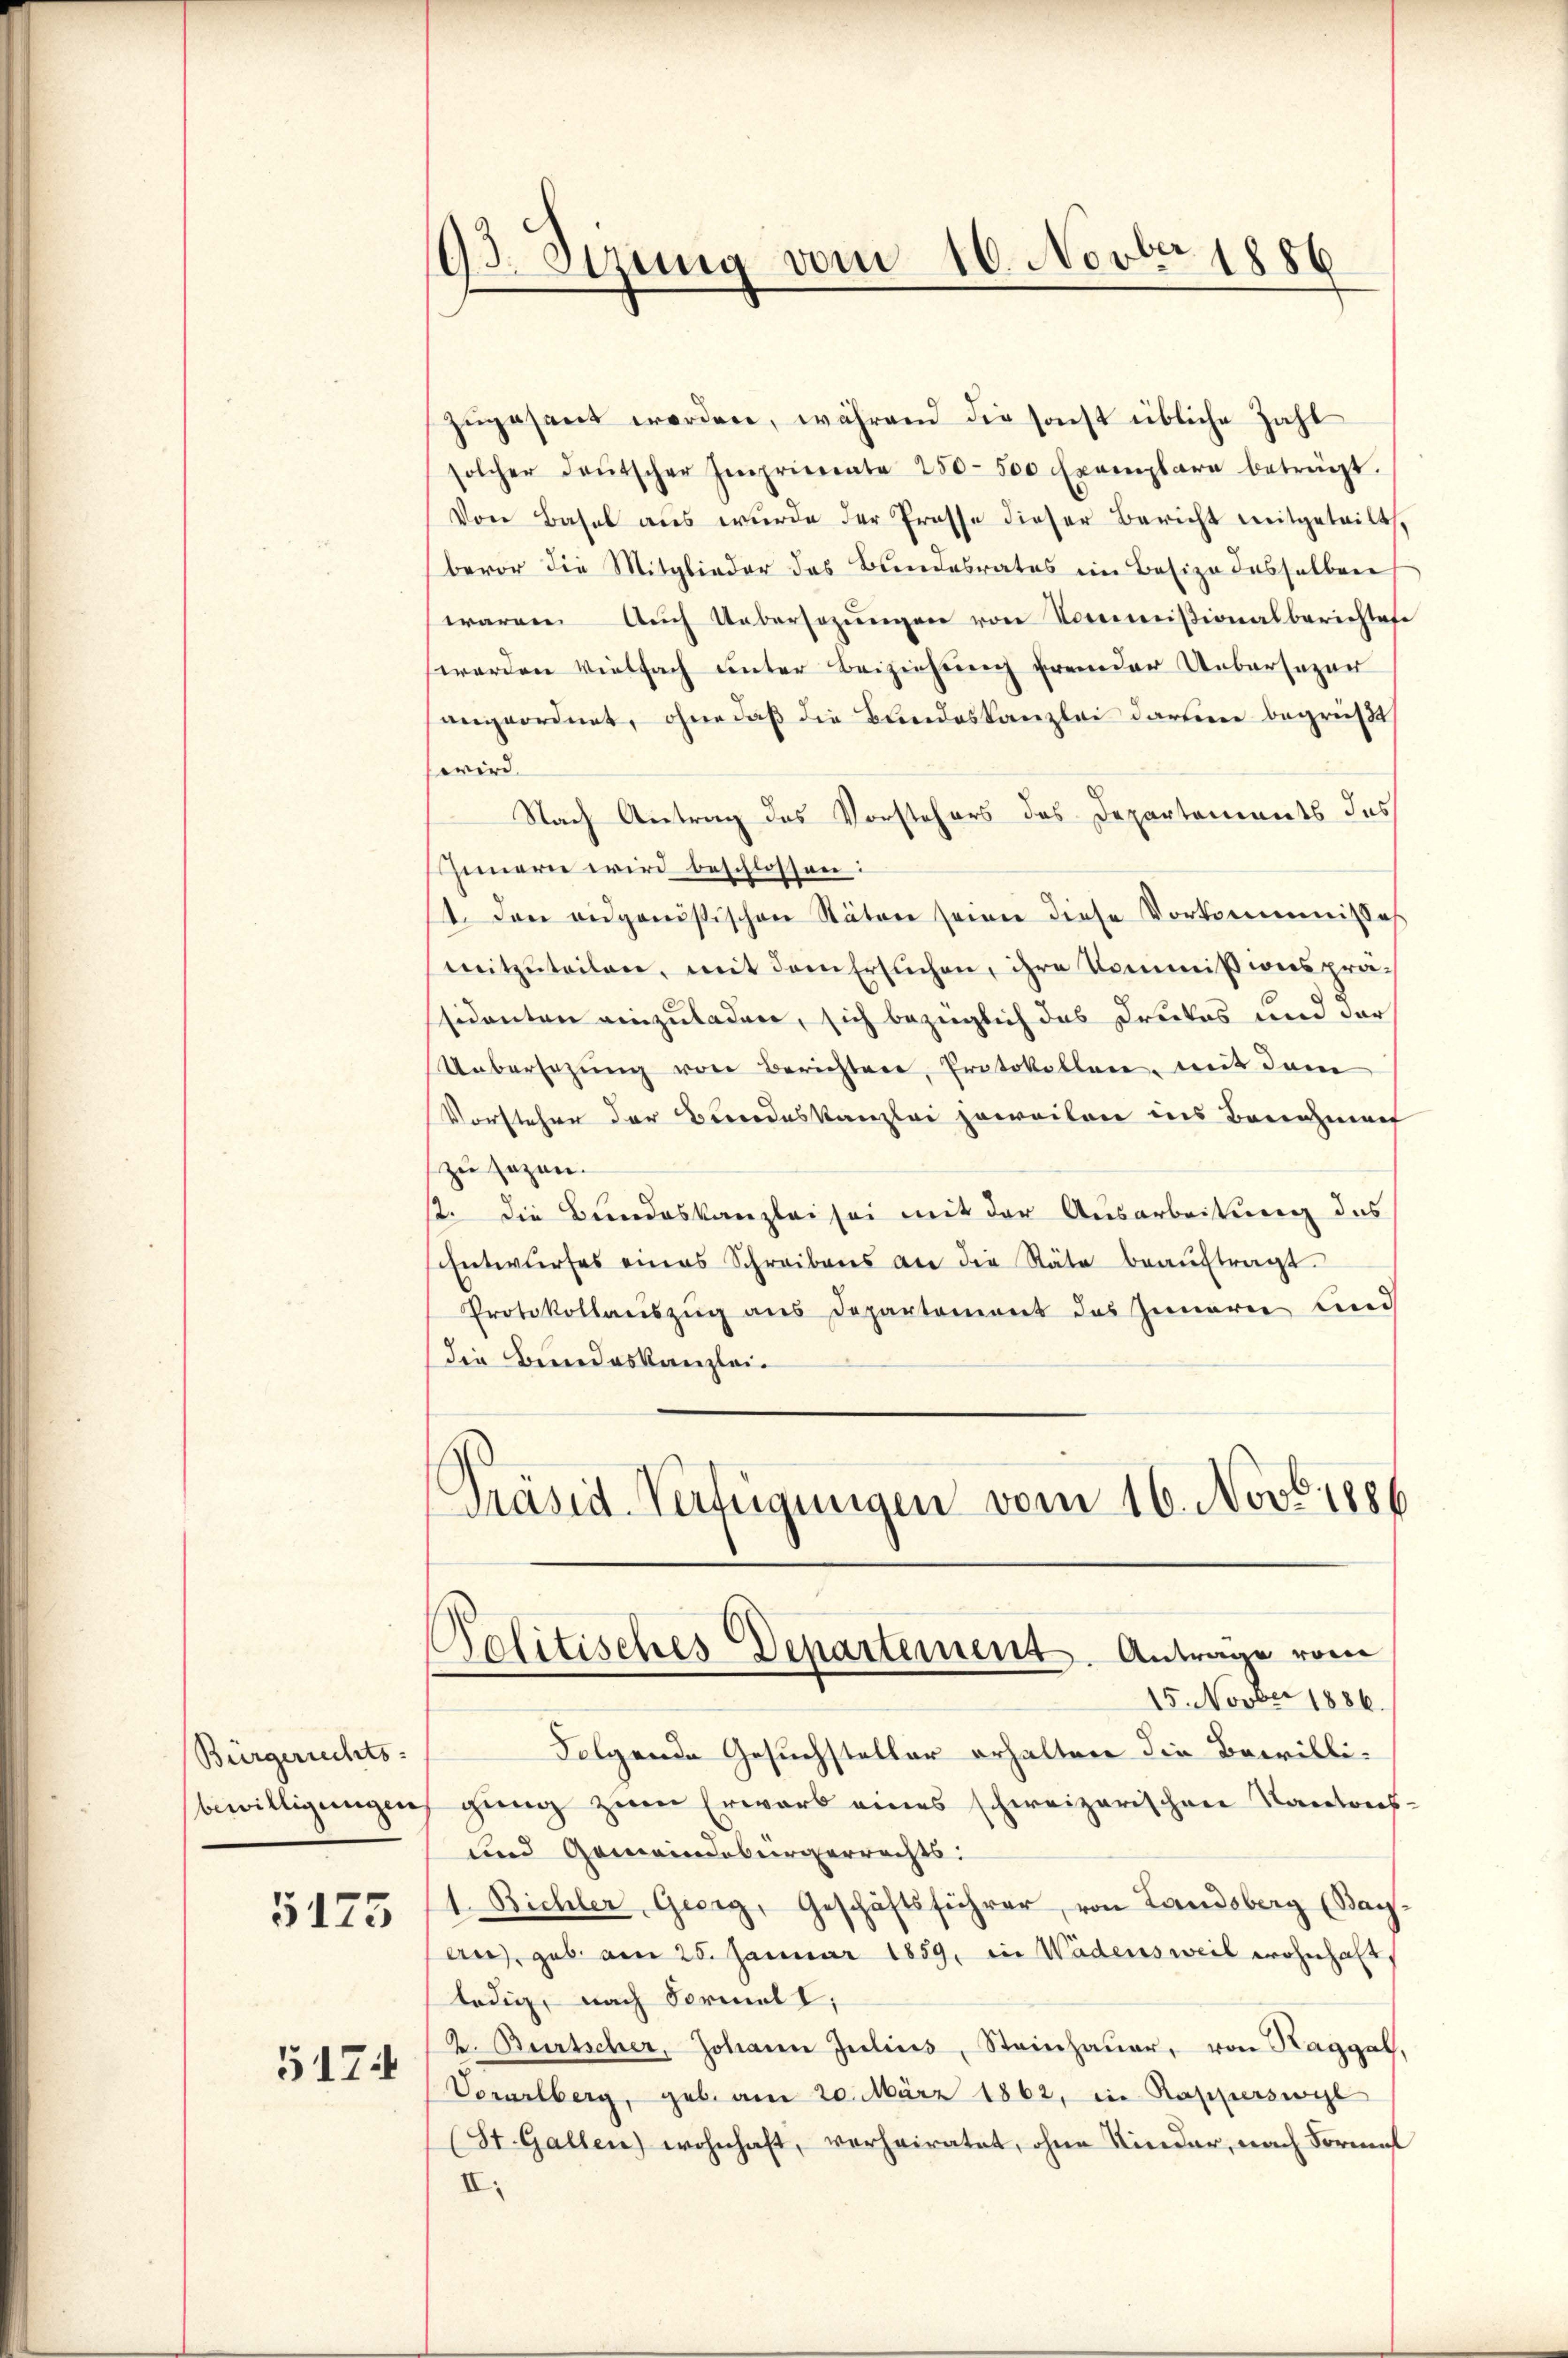
Bürgerrechts-
bewilligungen

5175

5174

93. Stzung vom 16. Novber 1886

Politisches Departement. Antrage vom
15. Novber 1886.

zŭgesant werden, während die sonst übliche Zahl
solcher deŭtscher Imprierente 250-500 Exemplare beträgt.
Von Basel aus wurde der Prosse dieser Bericht mitgeteilt,
bevor die Mitglieder des Bundesrates im Besize dasselben
waren. Aŭch Uebersezŭngen von Kommißionalberichtes
werden vielfach unter Beiziehung fremder Uebersezur
angeordnet, ohne daß die Bundeskanzlei darin begrüßt
wird.
Nach Antrag das Vorstehers des Departements das
Innern wird beschlossen:
1. Das eidganistischen Stäten seiner diese Vorkommisses
mitzŭteilen, mit dem Ersuchen, ihre Kommißionsprässidenten einzuladen, sich bezüglich das Druckes und der
Uebersezung von Berichter, Protokollen, mit dem
Vorstehen der Berrodeskanzlei zweiten ins Benehmen
zu sagen.
2. die Bundeskanzlei sei mit der Ausarbeitung des
Entwurfes eines Schreibens an die Stäte beaŭftragt.
Protokollaŭszŭg ans Departement das Zinarie und
die Beendeskanzlei-
Präsid-Verfügungen vom 16. Novb. 1886

Folgende Gesuchsteller erhalten die Bewilligŭng zum Erwarb eines schweizerischen Kantons-
und Gemeindebürgerrechts.
1. Bichler, Georg, Geschäftsführer, von Landsberg (Bay-
au), geb. am 25. Januar 1859, in Wädensweil wohnhaft
ledig, nach Formall;
2. Bürtscher, Johann Julius, Steinhaŭer, von Raggal,
Vorarlberg, geb. am 20. März 1862, in Rapperswyl
(St. Gallen) wohnhaft, verheiratet, ohne Kinder, nach Formen
II.